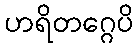
ဟရိတဂ္ဂေပိ